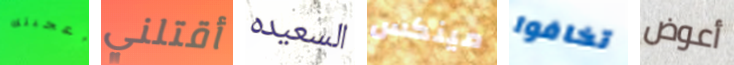
أعجبتك أقتلني السعيده مينكس تخافوا أعوض